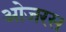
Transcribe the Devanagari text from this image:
ओजरस